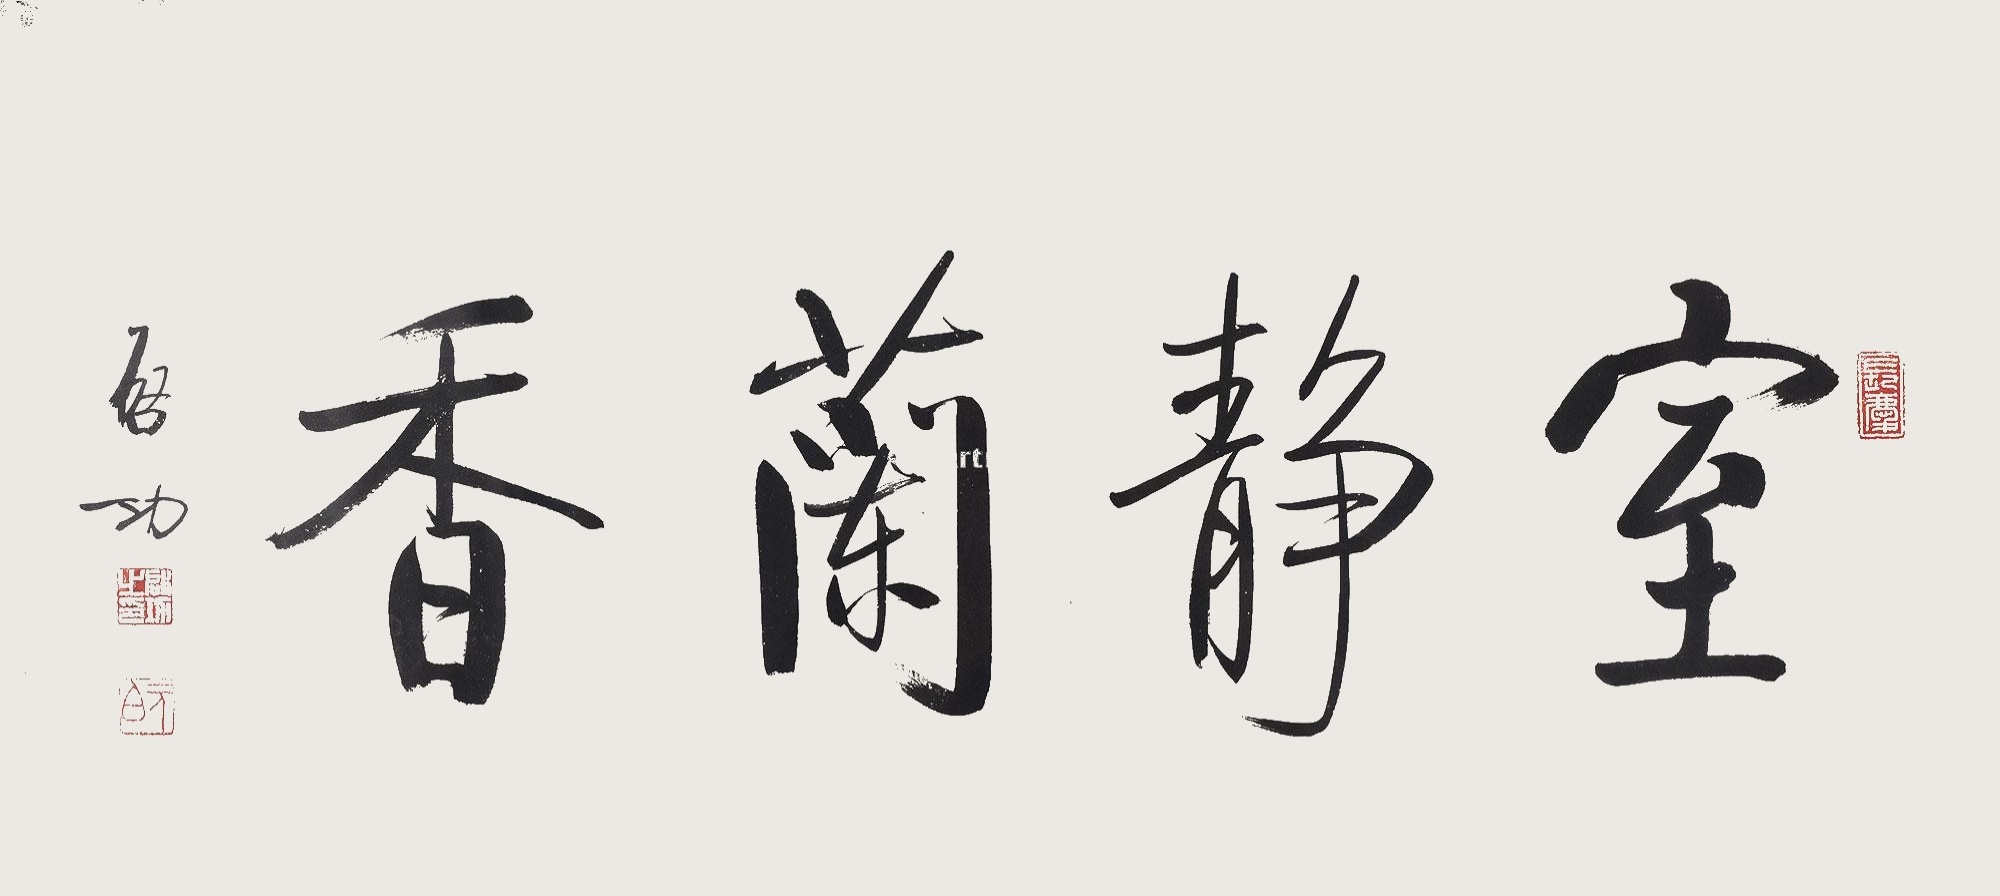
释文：室静兰香启功